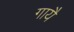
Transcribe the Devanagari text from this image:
गायै